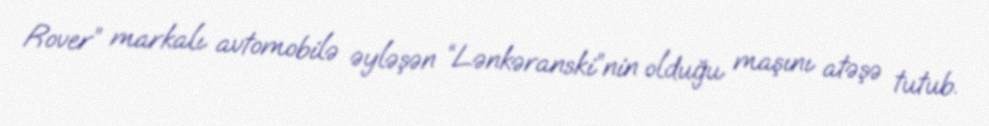
Rover” markalı avtomobilə əyləşən “Lənkəranski”nin olduğu maşını atəşə tutub.